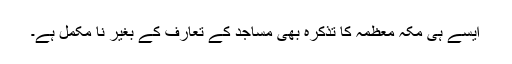
ایسے ہی مکہ معظمہ کا تذکرہ بھی مساجد کے تعارف کے بغیر نا مکمل ہے۔